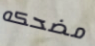
مضحكه